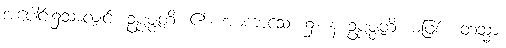
အပေါင်း၌သာလျှင်။ ဥပ္ပဇ္ဇတိ၊ ၏။ အာကာသေ၊ ၌။ န ဥပ္ပဇ္ဇတိ၊ မဖြစ်။ တသ္မာ၊